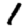
Digit: 1